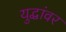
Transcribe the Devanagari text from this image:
युद्धांवर